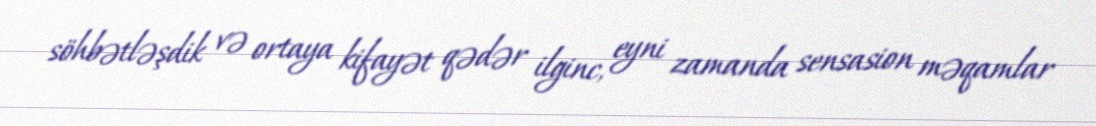
söhbətləşdik və ortaya kifayət qədər ilginc, eyni zamanda sensasion məqamlar